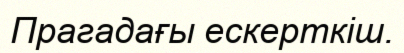
Прагадағы ескерткіш.